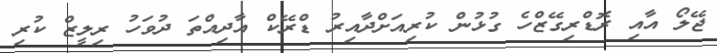
ޖޭލޯ އާއި ރޮޑްރިގޭޒްހެ ގުޅުން ކުރިއަށްދާއިރު ޑްރޭކް އާދިއްތަ ދުވަހު ރިލީޒް ކުރި